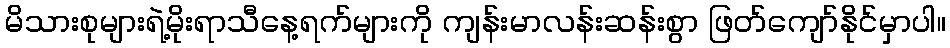
မိသားစုများရဲ့မိုးရာသီနေ့ရက်များကို ကျန်းမာလန်းဆန်းစွာ ဖြတ်ကျော်နိုင်မှာပါ။